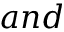
a n d